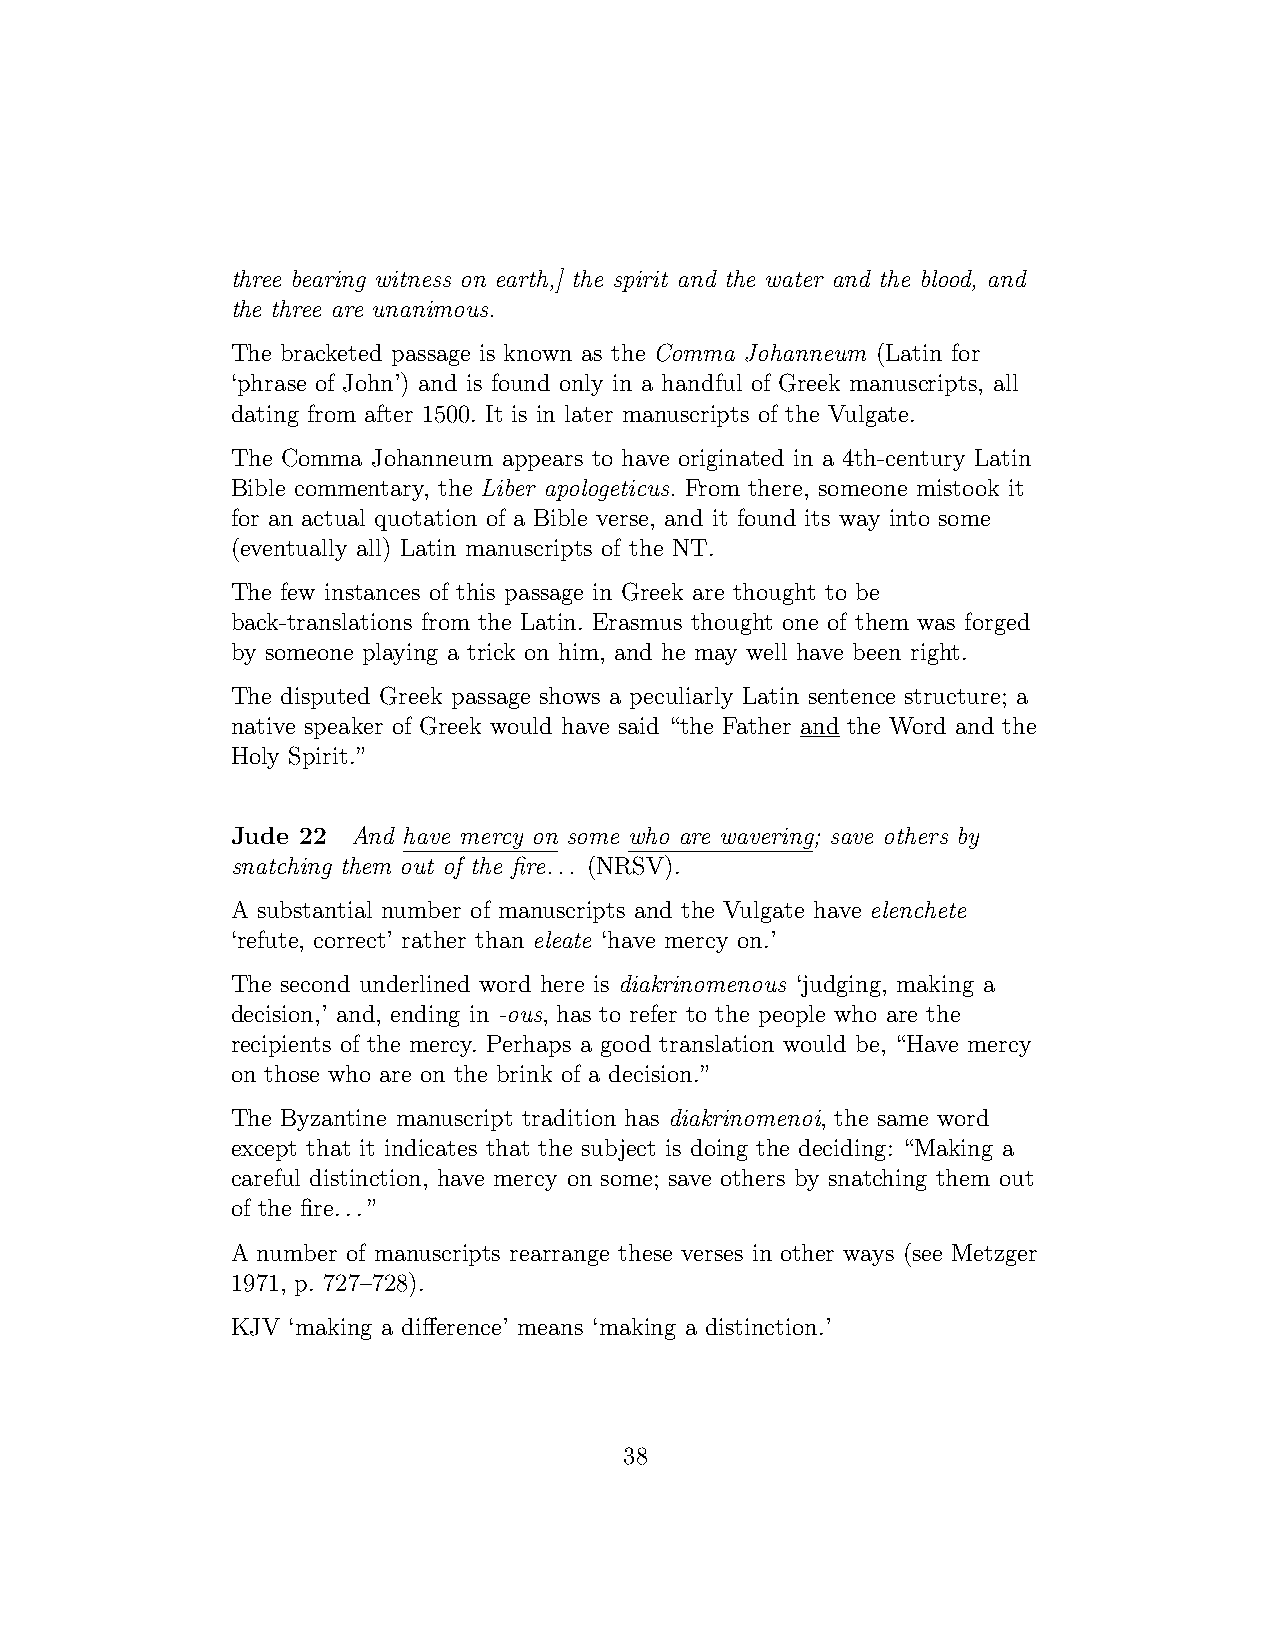
three bearing witness on earth,] the spirit and the water and the blood, and
 the three are unanimous.
 The bracketed passage is known as the Comma Johanneum (Latin for
 ‘phrase of John’) and is found only in a handful of Greek manuscripts, all
 dating from after 1500. It is in later manuscripts of the Vulgate.
 The Comma Johanneum appears to have originated in a 4th-century Latin
 Bible commentary, the Liber apologeticus. From there, someone mistook it
 for an actual quotation of a Bible verse, and it found its way into some
 (eventually all) Latin manuscripts of the NT.
 The few instances of this passage in Greek are thought to be
 back-translations from the Latin. Erasmus thought one of them was forged
 by someone playing a trick on him, and he may well have been right.
 The disputed Greek passage shows a peculiarly Latin sentence structure; a
 native speaker of Greek would have said “the Father and the Word and the
 Holy Spirit.”
 Jude 22 And have mercy on some who are wavering; save others by
 snatching them out of the fire... (NRSV).
 A substantial number of manuscripts and the Vulgate have elenchete
 ‘refute, correct’ rather than eleate ‘have mercy on.’
 The second underlined word here is diakrinomenous ‘judging, making a
 decision,’ and, ending in -ous, has to refer to the people who are the
 recipients of the mercy. Perhaps a good translation would be, “Have mercy
 on those who are on the brink of a decision.”
 The Byzantine manuscript tradition has diakrinomenoi, the same word
 except that it indicates that the subject is doing the deciding: “Making a
 careful distinction, have mercy on some; save others by snatching them out
 of the fire...”
 A number of manuscripts rearrange these verses in other ways (see Metzger
 1971, p. 727–728).
 KJV ‘making a difference’ means ‘making a distinction.’
 38